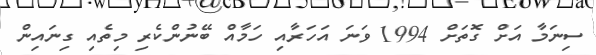
ސިނަމާ އަށް ގޮތަށް 1994 ވަނަ އަހަރާއި ހަމާއް ބޭނުންކެރި މިތެއި ގިނައިން